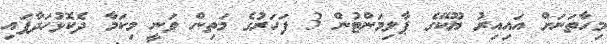
މިހާތަނަށް އައިއިރު ޔޫކޭގެ ޕާލިމަންޓުން 3 ފަހަރުގެ މަތިން ވަނީ މިކަމާ ދެކޮޅުހަދާފައި